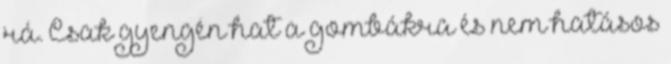
rá. Csak gyengén hat a gombákra és nem hatásos